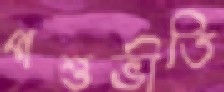
পশুভীতি